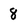
Character: 8